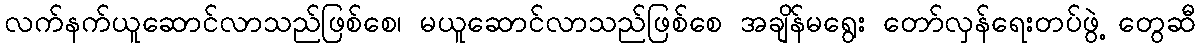
လက်နက်ယူဆောင်လာသည်ဖြစ်စေ၊ မယူဆောင်လာသည်ဖြစ်စေ အချိန်မရွေး တော်လှန်ရေးတပ်ဖွဲ့ တွေဆီ